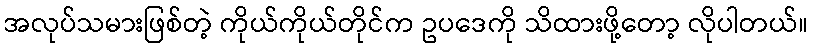
အလုပ်သမားဖြစ်တဲ့ ကိုယ်ကိုယ်တိုင်က ဥပဒေကို သိထားဖို့တော့ လိုပါတယ်။